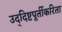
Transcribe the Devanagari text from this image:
उद्‍दिष्टपूर्तीकरिता